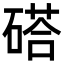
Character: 𥔽